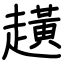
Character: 趪